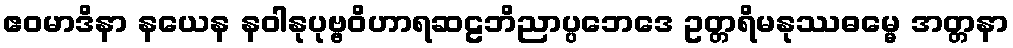
ဧဝမာဒိနာ နယေန နဝါနုပုဗ္ဗဝိဟာရဆဠဘိညာပ္ပဘေဒေ ဥတ္တရိမနုဿဓမ္မေ အတ္တနာ